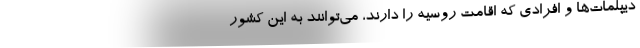
دیپلمات‌ها و افرادی که اقامت روسیه را دارند، می‌توانند به این کشور